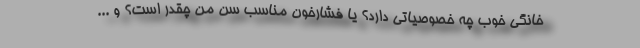
خانگی خوب چه خصوصیاتی دارد؟ یا فشارخون مناسب سن من چقدر است؟ و ...